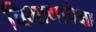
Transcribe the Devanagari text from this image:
विभागापेक्षा